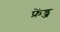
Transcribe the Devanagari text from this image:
फ्रेंड्ज